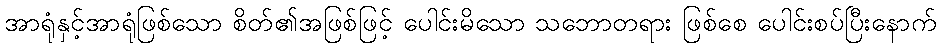
အာရုံနှင့်အာရုံဖြစ်သော စိတ်၏အဖြစ်ဖြင့် ပေါင်းမိသော သဘောတရား ဖြစ်စေ ပေါင်းစပ်ပြီးနောက်